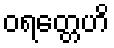
ဝရတ္တေဟိ